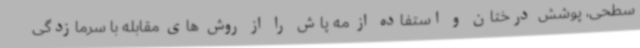
سطحی، پوشش درختان و استفاده از مه پاش را از روش های مقابله با سرمازدگی